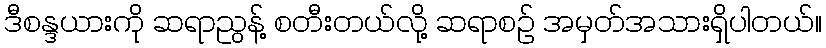
ဒီစန္ဒယားကို ဆရာညွန့် စတီးတယ်လို့ ဆရာစဉ် အမှတ်အသားရှိပါတယ်။